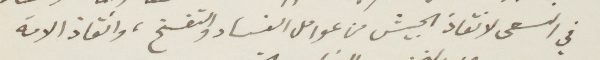
في ألسعى لانقاذ الجيش من عوامل الفساد والتفسخ، وانقاذ الأمة